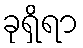
ခုရှိရာ